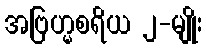
အဗြဟ္မစရိယ ၂-မျိုး